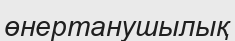
өнертанушылық